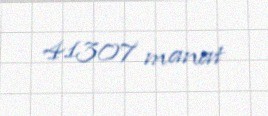
41307 manat